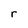
Character: r